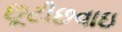
છૂટીછવાઇ